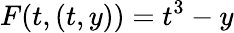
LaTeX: F(t,(t,y))=t^{3}-y